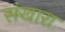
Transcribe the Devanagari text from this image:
संखारा